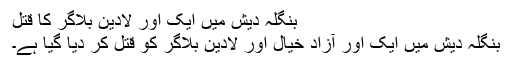
بنگلہ دیش میں ایک اور لادین بلاگر کا قتل
بنگلہ دیش میں ایک اور آزاد خیال اور لادین بلاگر کو قتل کر دیا گیا ہے۔